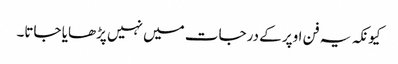
کیونکہ یہ فن اوپر کے درجات میں نہیں پڑھایا جاتا۔